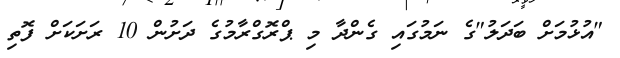
"އުޅުމަށް ބަދަލު"ގެ ނަމުގައި ގެންދާ މި ޕްރޮގްރާމުގެ ދަށުން 10 ރަށަކަށް ފޮތި